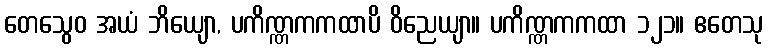
တေသွေဝ အယံ ဘိယျော, ပကိဏ္ဏကကထာပိ ဝိညေယျာ။ ပကိဏ္ဏကကထာ ၁၂၁။ ဧတေသု